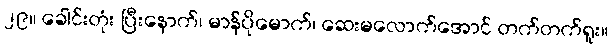
၂၉။ ခေါင်းတုံး ပြီးနောက်၊ မာန်ပိုမောက်၊ ဆေးမလောက်အောင် တက်တက်ရူး။